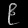
Digit: ၉